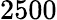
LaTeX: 2500